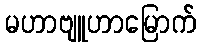
မဟာဗျူဟာမြောက်